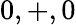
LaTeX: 0,+,0